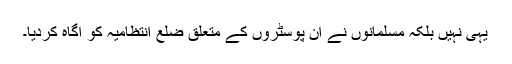
یہی نہیں بلکہ مسلمانوں نے ان پوسٹروں کے متعلق ضلع انتظامیہ کو آگاہ کردیا۔